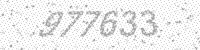
Solution: 977633